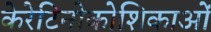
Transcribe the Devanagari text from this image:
केरेटिनोकोशिकाओं